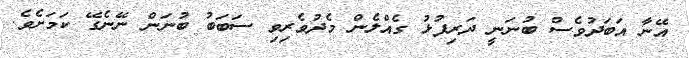
އޭނާ އަބަދުވެސް ބުނަނީ ދަރިފުޅު ގެއްލެން މެދުވެރިވި ސަބަބު ބުނަން ނޭނެގޭ ކަމަށެވެ.